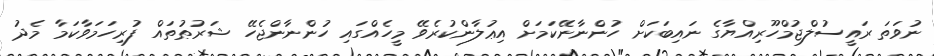
ނުވަތަ ރައީސުލްޖުމްހޫރިއްޔާގެ ނައިބަކަށް ހުންނާނޭކަމަށް އިޢުލާންކުރެވޭ މީހެއްގައި ހުންނާންޖެހޭ ޝަރުޠުތައް ފުރިހަމަވާކަމާ މެދު